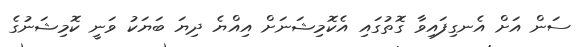
ސަން އަށް އެނގިފައިވާ ގޮތުގައި އެކޮމިޝަނަށް އިއްޔެ ދިޔަ ބަޔަކު ވަނީ ކޮމިޝަނުގެ